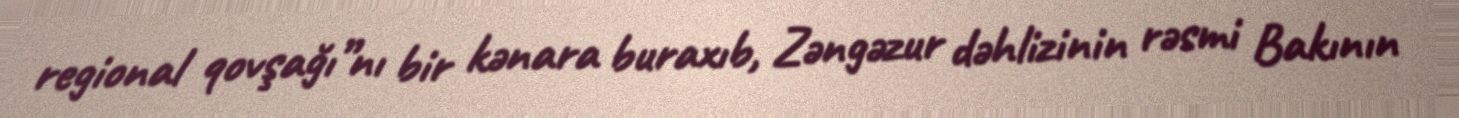
regional qovşağı”nı bir kənara buraxıb, Zəngəzur dəhlizinin rəsmi Bakının